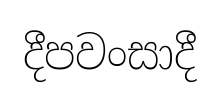
දීපවංසාදී